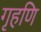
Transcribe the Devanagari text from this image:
गृहणि